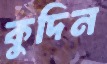
কুদিন